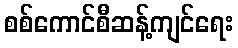
စစ်ကောင်စီဆန့်ကျင်ရေး